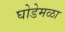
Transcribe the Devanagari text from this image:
घोडेमळा